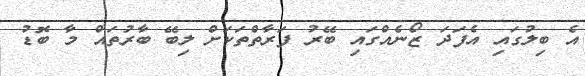
އެ ބިލުގައި އެފަދަ ޒޯނެއްގައި ބޭރު ފަރާތްތަކަށް ލިބޭ ބާރުތައް މާ ބޮޑު